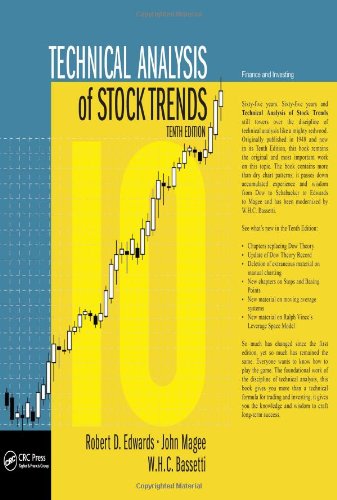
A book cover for Technical Analysis of Stock Trends, Tenth Edition; Robert D. Edwards; Business & Money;